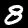
Digit: 8